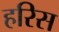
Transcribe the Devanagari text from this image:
हरिस